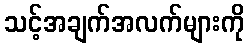
သင့်အချက်အလက်များကို